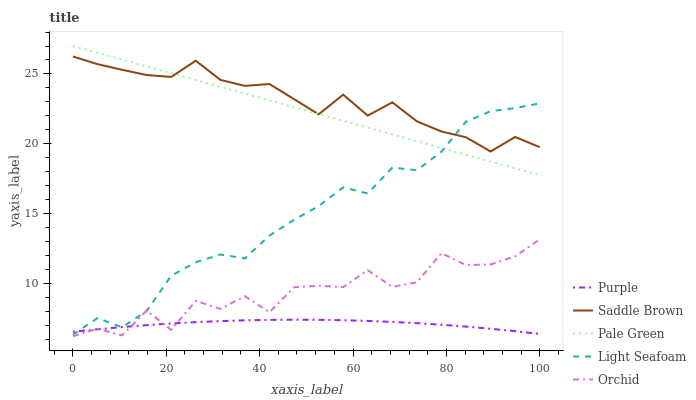
| xaxis_label | Purple | Saddle Brown | Pale Green | Light Seafoam | Orchid |
 | --- | --- | --- | --- | --- | --- |
 | 0 | 6.56 | 26.3 | 27 | 6.35 | 6.24 |
 | 5.26 | 6.74 | 25.7 | 26.5 | 7.54 | 6.77 |
 | 10.5 | 6.9 | 25.3 | 26 | 6.88 | 6.31 |
 | 15.8 | 7.04 | 24.9 | 25.5 | 8.04 | 8.07 |
 | 21.1 | 7.15 | 24.8 | 25.1 | 10.6 | 6.7 |
 | 26.3 | 7.25 | 25.9 | 24.6 | 11.5 | 8.77 |
 | 31.6 | 7.32 | 24.6 | 24.1 | 12.1 | 8.19 |
 | 36.8 | 7.38 | 24.1 | 23.6 | 11.8 | 9.11 |
 | 42.1 | 7.41 | 24.3 | 23.1 | 13.4 | 7.96 |
 | 47.4 | 7.42 | 23.2 | 22.6 | 14.6 | 9.74 |
 | 52.6 | 7.42 | 22.1 | 22.1 | 15.5 | 9.85 |
 | 57.9 | 7.39 | 23.5 | 21.7 | 16.9 | 9.76 |
 | 63.2 | 7.34 | 22 | 21.2 | 16.5 | 11 |
 | 68.4 | 7.27 | 23 | 20.7 | 18.3 | 9.77 |
 | 73.7 | 7.18 | 21.6 | 20.2 | 18.1 | 10.1 |
 | 78.9 | 7.06 | 20.9 | 19.7 | 19.4 | 12.2 |
 | 84.2 | 6.93 | 20.5 | 19.2 | 21.6 | 11.3 |
 | 89.5 | 6.78 | 19.5 | 18.7 | 22.3 | 11.4 |
 | 94.7 | 6.6 | 20.5 | 18.2 | 22.6 | 12 |
 | 100 | 6.41 | 19.8 | 17.8 | 22.9 | 13.2 |